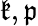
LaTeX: {\mathfrak{k}},{\mathfrak{p}}